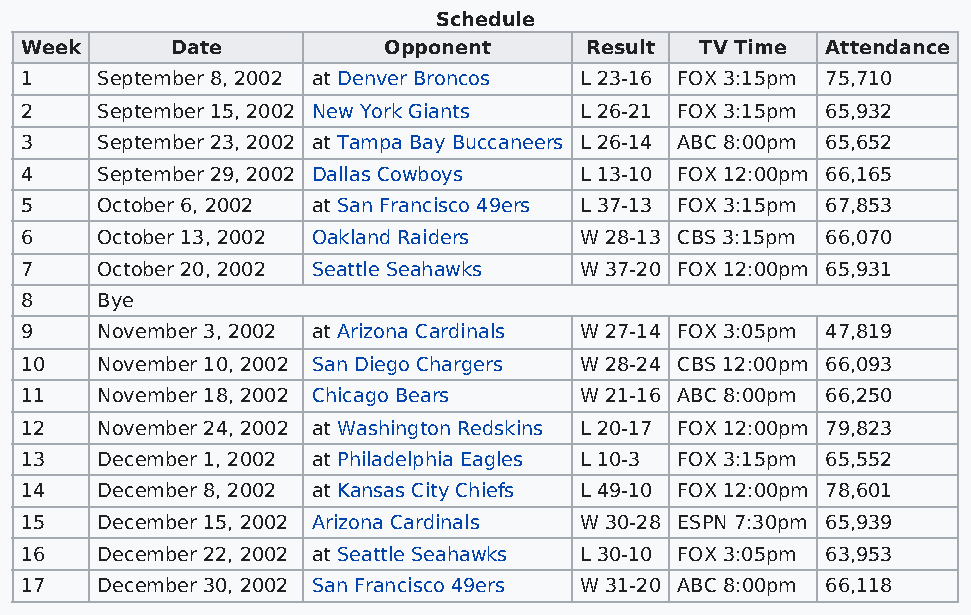
Schedule
 Week      Date          Opponent      Result TV Time  Attendance
 1    September 8, 2002 at Denver Broncos L 23-16 FOX 3:15pm 75,710
 2    September 15, 2002 New York Giants L 26-21 FOX 3:15pm 65,932
 3    September 23, 2002 at Tampa Bay Buccaneers L 26-14 ABC 8:00pm 65,652
 4    September 29, 2002 Dallas Cowboys L 13-10 FOX 12:00pm 66,165
 5    October 6, 2002 at San Francisco 49ers L 37-13 FOX 3:15pm 67,853
 6    October 13, 2002 Oakland Raiders W 28-13 CBS 3:15pm 66,070
 7    October 20, 2002 Seattle Seahawks W 37-20 FOX 12:00pm 65,931
 8    Bye
 9    November 3, 2002 at Arizona Cardinals W 27-14 FOX 3:05pm 47,819
 10   November 10, 2002 San Diego Chargers W 28-24 CBS 12:00pm 66,093
 11   November 18, 2002 Chicago Bears W 21-16 ABC 8:00pm 66,250
 12   November 24, 2002 at Washington Redskins L 20-17 FOX 12:00pm 79,823
 13   December 1, 2002 at Philadelphia Eagles L 10-3 FOX 3:15pm 65,552
 14   December 8, 2002 at Kansas City Chiefs L 49-10 FOX 12:00pm 78,601
 15   December 15, 2002 Arizona Cardinals W 30-28 ESPN 7:30pm 65,939
 16   December 22, 2002 at Seattle Seahawks L 30-10 FOX 3:05pm 63,953
 17   December 30, 2002 San Francisco 49ers W 31-20 ABC 8:00pm 66,118